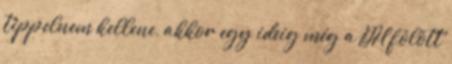
tippelnem kellene, akkor egy ideig még a DH fölött